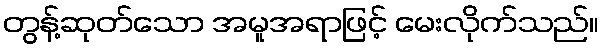
တွန့်ဆုတ်သော အမူအရာဖြင့် မေးလိုက်သည်။